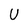
Character: U